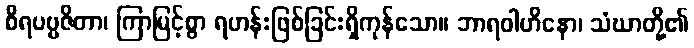
စိရပဗ္ဗဇိတာ၊ ကြာမြင့်စွာ ရဟန်းဖြစ်ခြင်းရှိကုန်သော။ ဘာရဝါဟိနော၊ သံဃာတို့၏